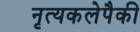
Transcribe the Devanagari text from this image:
नृत्यकलेपैकी